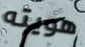
هويته